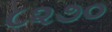
૮૨૭૦